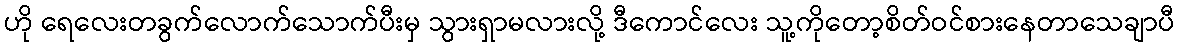
ဟို ရေလေးတခွက်လောက်သောက်ပီးမှ သွားရှာမလားလို့ ဒီကောင်လေး သူ့ကိုတော့စိတ်ဝင်စားနေတာသေချာပီ